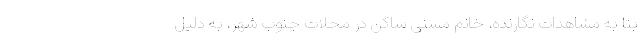
بنا به مُشاهداتِ نگارنده، خانم مسنی ساکن در محلات جنوب شهر، به دلیل